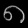
Digit: ၈